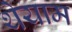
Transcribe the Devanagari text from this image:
थेयाम